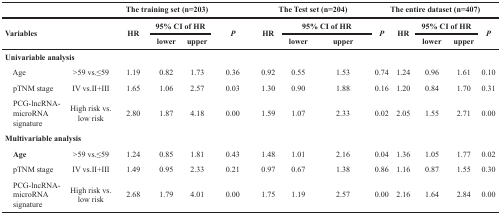
| <COLSPAN=2>  | <COLSPAN=3> The training set (n=203) |  | <COLSPAN=3> The Test set (n=204) |  | <COLSPAN=3> The entire dataset (n=407) |  |
 | <ROWSPAN=2> Variables | <ROWSPAN=2>  | <ROWSPAN=2> HR | <COLSPAN=2> 95% CI of HR | <ROWSPAN=2> P | <ROWSPAN=2> HR | <COLSPAN=2> 95% CI of HR | <ROWSPAN=2> P | <ROWSPAN=2> HR | <COLSPAN=2> 95% CI of HR | <ROWSPAN=2> P |
 | lower | upper | lower | upper | lower | upper |
 | --- | --- | --- | --- | --- | --- | --- | --- | --- | --- | --- | --- | --- | --- |
 | Univariable analysis |  |  |  |  |  |  |  |  |  |  |  |  |  |
 | Age | >59 vs.≤59 | 1.19 | 0.82 | 1.73 | 0.36 | 0.92 | 0.55 | 1.53 | 0.74 | 1.24 | 0.96 | 1.61 | 0.10 |
 | pTNM stage | IV vs.II+III | 1.65 | 1.06 | 2.57 | 0.03 | 1.30 | 0.90 | 1.88 | 0.16 | 1.20 | 0.84 | 1.70 | 0.31 |
 | PCG-lncRNA-microRNA signature | High risk vs. low risk | 2.80 | 1.87 | 4.18 | 0.00 | 1.59 | 1.07 | 2.33 | 0.02 | 2.05 | 1.55 | 2.71 | 0.00 |
 | Multivariable analysis |  |  |  |  |  |  |  |  |  |  |  |  |  |
 | Age | >59 vs.≤59 | 1.24 | 0.85 | 1.81 | 0.43 | 1.48 | 1.01 | 2.16 | 0.04 | 1.36 | 1.05 | 1.77 | 0.02 |
 | pTNM stage | IV vs.II+III | 1.49 | 0.95 | 2.33 | 0.21 | 0.97 | 0.67 | 1.38 | 0.86 | 1.16 | 0.87 | 1.55 | 0.30 |
 | PCG-lncRNA-microRNA signature | High risk vs. low risk | 2.68 | 1.79 | 4.01 | 0.00 | 1.75 | 1.19 | 2.57 | 0.00 | 2.16 | 1.64 | 2.84 | 0.00 |